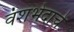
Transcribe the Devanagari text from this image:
वंशभेदाचे